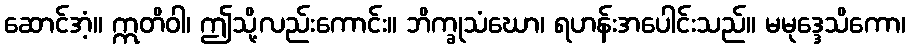
ဆောင်အံ့။ ဣတိဝါ၊ ဤသို့လည်းကောင်း။ ဘိက္ခုသံဃော၊ ရဟန်းအပေါင်းသည်။ မမုဒ္ဒေသိကော၊